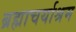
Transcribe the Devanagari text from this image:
ब्रह्माचर्याश्रम